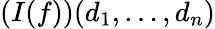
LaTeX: (I(f))(d_{1},\ldots,d_{n})